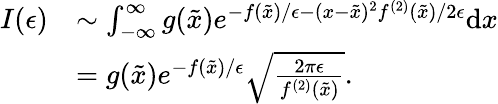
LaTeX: \begin{array}{rl}{I(\epsilon)}&{\sim\int_{-\infty}^{\infty}g(\tilde{x})e^{-f(\tilde{x})/\epsilon-(x-\tilde{x})^{2}f^{(2)}(\tilde{x})/2\epsilon}\mathrm{d}x}\\ &{=g(\tilde{x})e^{-f(\tilde{x})/\epsilon}\sqrt{\frac{2\pi\epsilon}{f^{(2)}(\tilde{x})}}.}\end{array}